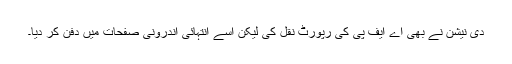
دی نیشن نے بھی اے ایف پی کی رپورٹ نقل کی لیکن اسے انتہائی اندرونی صفحات میں دفن کر دیا۔